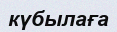
күбылаға